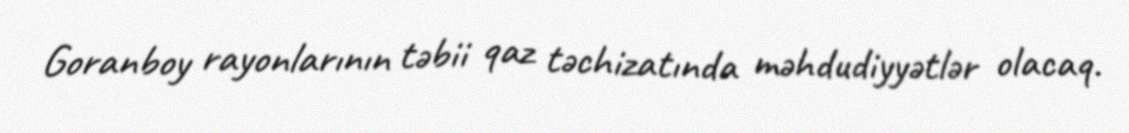
Goranboy rayonlarının təbii qaz təchizatında məhdudiyyətlər olacaq.